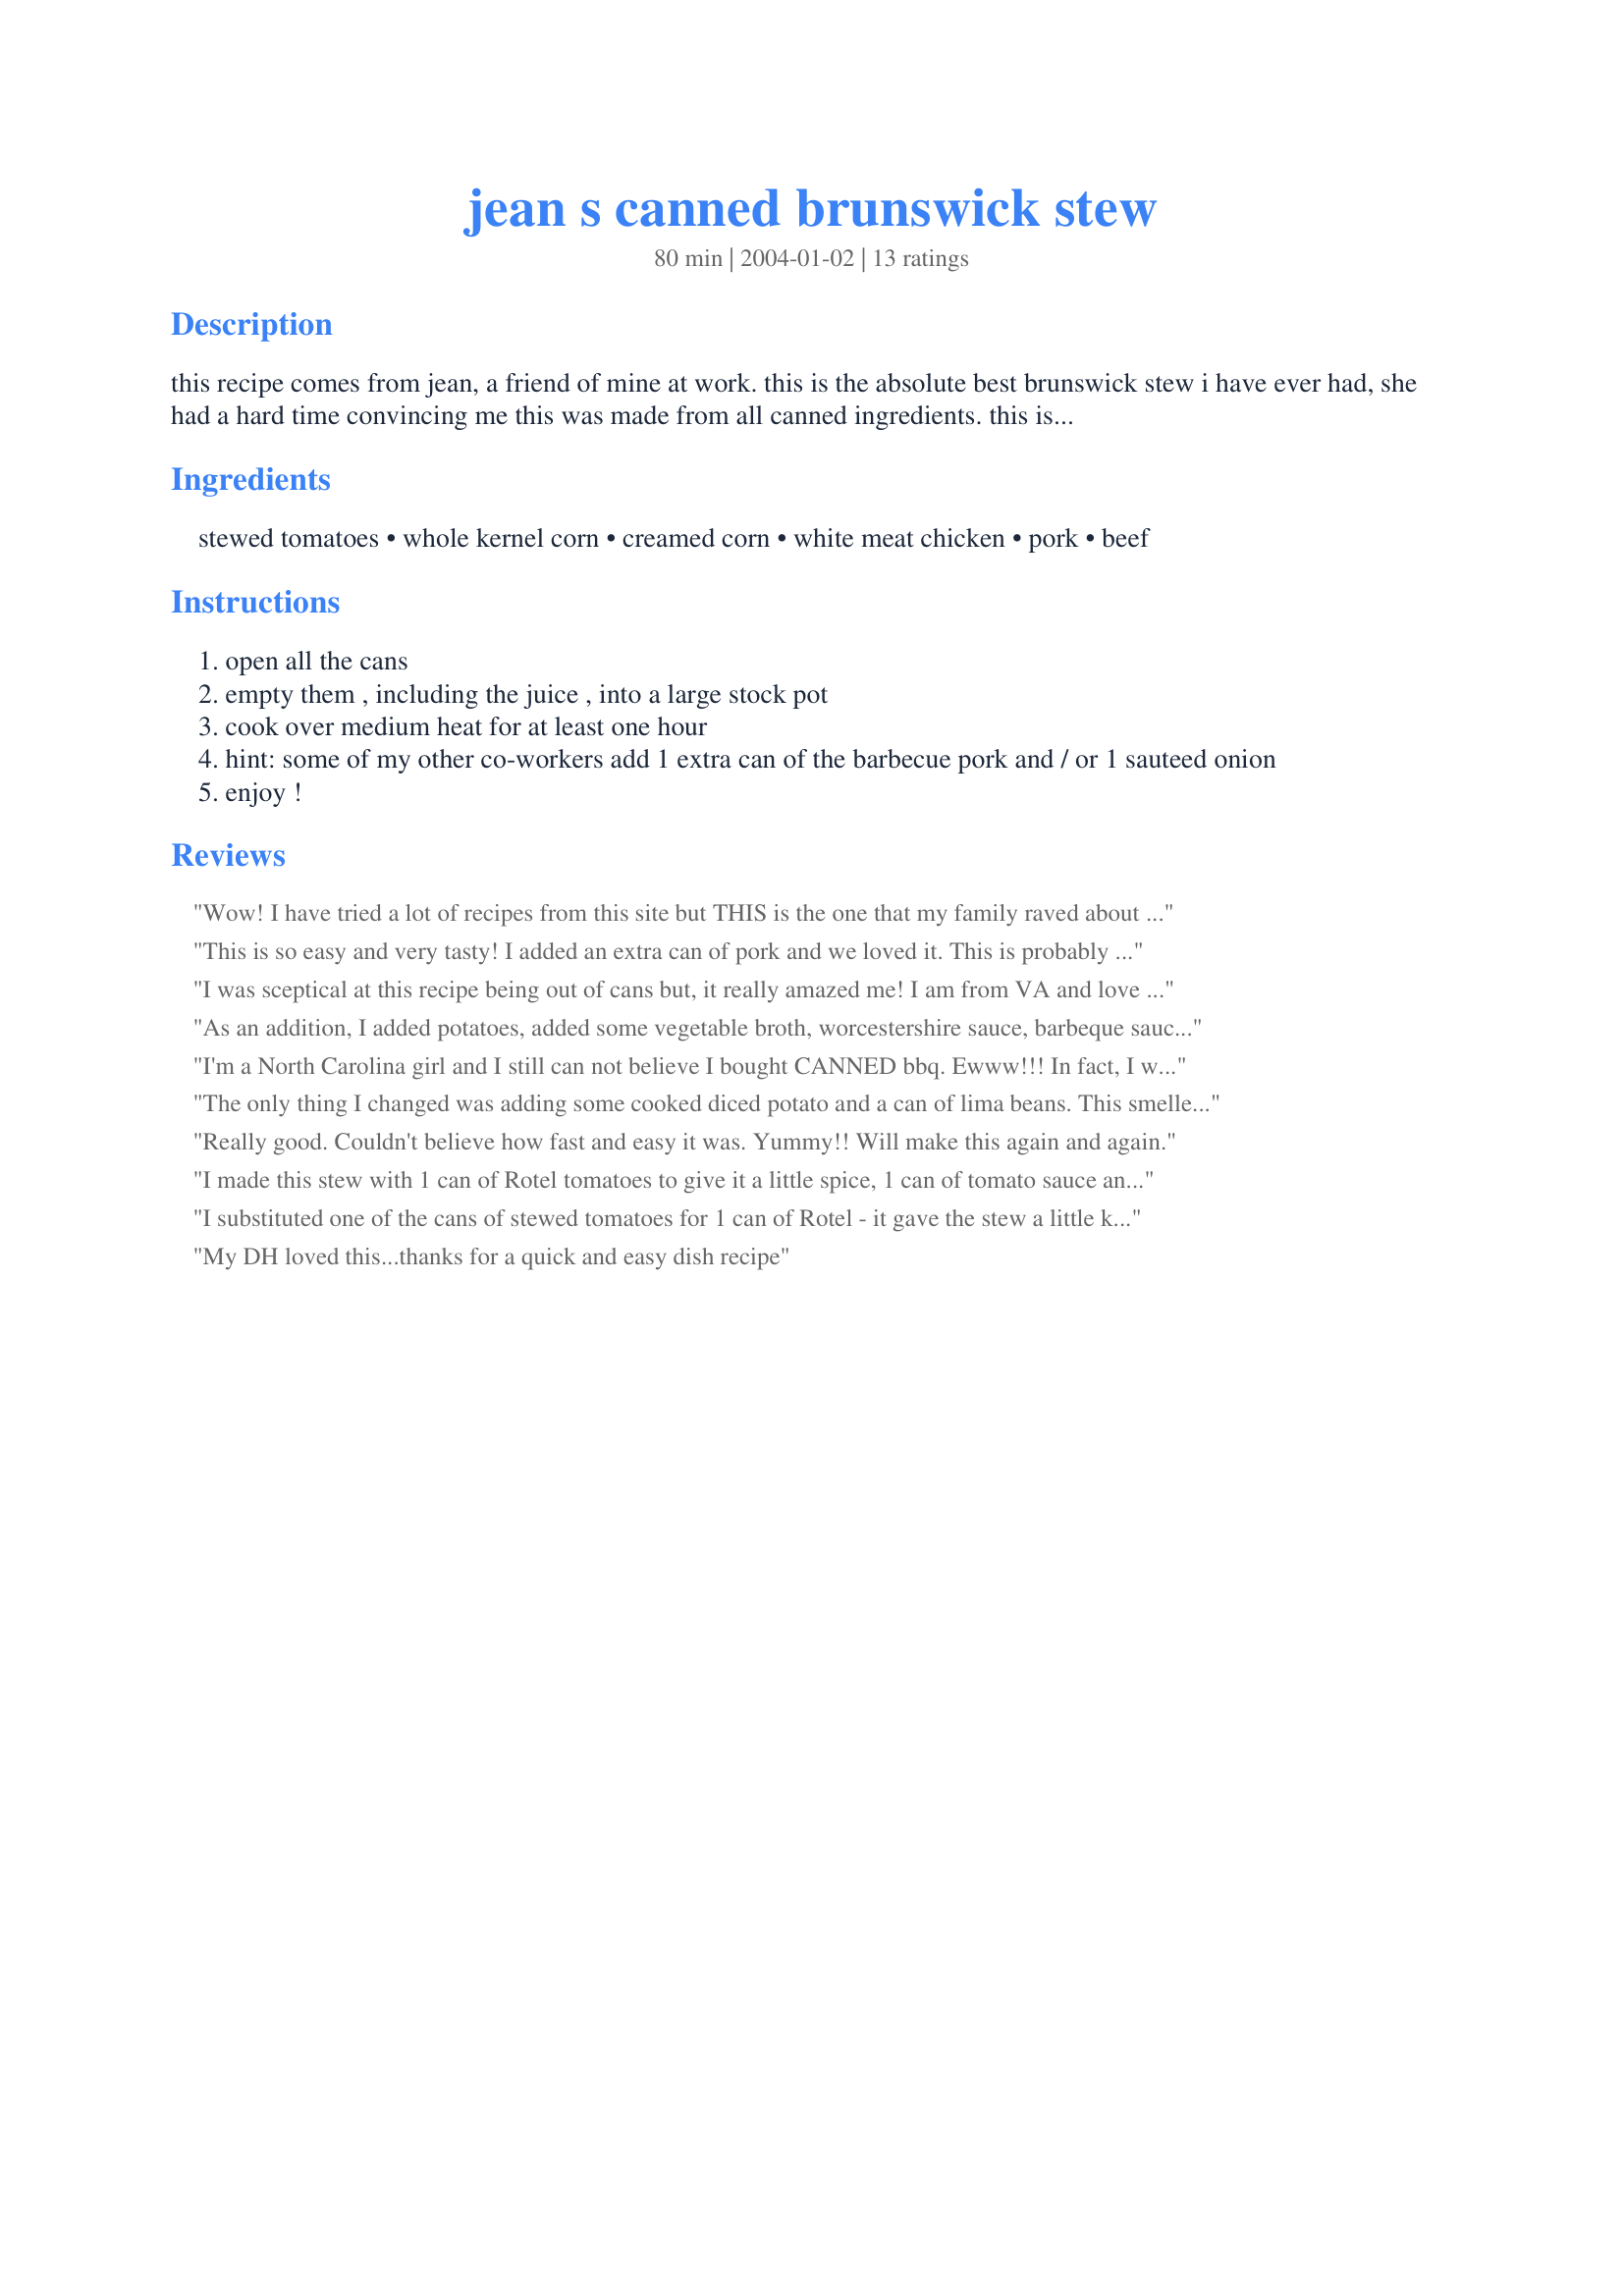
jean s canned brunswick stew
Preparation time: 80 minutes

this recipe comes from jean, a friend of mine at work. this is the absolute best brunswick stew i have ever had, she had a hard time convincing me this was made from all canned ingredients. this is a must try recipe!!!

Ingredients:
stewed tomatoes, whole kernel corn, creamed corn, white meat chicken, pork, beef

Steps:
open all the cans
empty them , including the juice , into a large stock pot
cook over medium heat for at least one hour
hint: some of my other co-workers add 1 extra can of the barbecue pork and / or 1 sauteed onion
enjoy !

Reviews:
Wow! I have tried a lot of recipes from this site but THIS is the one that my family raved about after the first bite! The original recipe as is I have no doubt would be good but I followed another review and made some additions- 3 (15 oz) cans of diced tomatoes, 1 can whole kernel corn, 1 can creamed corn, 1 can chicken, 3 cans barbecue pork, 1 can barbecue beef, 1 can limas, 1 cup ketchup, 1 T lemon juice, 1 T Worcestershire. Outstanding stew. I put it in the crockpot for four hours on low. This is the easiest stew to make and it is a lot of taste for very little work!
This is so easy and very tasty! I added an extra can of pork and we loved it. This is probably the best brunswick stew I've ever had!
I was sceptical at this recipe being out of cans but, it really amazed me! I am from VA and love homemade Brunswick Stew. This recipe ranks right up there with some of the best, I still can't believe it. I did add a can of diced potatoes and a small can of lima beans to mine. I added some salt and pepper to taste. Instead of cooking it on the stove, I let it sit in a crock pot on low for about 7 hrs. Wonderful!
As an addition, I added potatoes, added some vegetable broth, worcestershire sauce, barbeque sauce, and garlic salt. Definitely worth it. Even my mother raved about it when she had some.
I'm a North Carolina girl and I still can not believe I bought CANNED bbq. Ewww!!! In fact, I was nervous to eat this for dinner tonight. However... I decided to be brave. And... I'M SO GLAD!!! This stuff is awesome!!! I followed Greatdin-din's review and added lima beans (you know it!) and the cans of various corn. It's a good thing the pot is still on the stove because I'm going to need another bowl. YUM!!!
The only thing I changed was adding some cooked diced potato and a can of lima beans. This smelled so good and tasted even better. It's much requested around here now!
Really good. Couldn't believe how fast and easy it was. Yummy!! Will make this again and again.
I made this stew with 1 can of Rotel tomatoes to give it a little spice, 1 can of tomato sauce and 1 can of new potatoes. It is so easy and very delicious! Thank you for the recipe!
I substituted one of the cans of stewed tomatoes for 1 can of Rotel - it gave the stew a little kick and was fantastic!!
My DH loved this...thanks for a quick and easy dish recipe
I found a VERY similar recipe somewhere else and used it. The best I've ever had.

What I did differently:

First, sauteed a little garlic and 1 chopped onion in oil until soft. (oil works fine, but I did it in bacon fat after rendering 4 slices of chopped bacon first, and I left the bacon in).

Then, added:

2 cans stewed tomatoes
2 cans creamed corn
1 can chicken (drained)
3 cans Castleberry's BBQ Pork
1 cup ketchup
1 T lemon juice
1 T worcestershire sauce

It's ready once everything heats up (10 minutes?). But I let it simmer for about an hour.

Made about 4-5 quarts.
i used 2 cans bbq pork and 1 can bbq beef and added a drained can of butter beans. cooked in the crock pot for 6 hours on low and loved it with the addition of the beans made it a 10 star recipe instead of a 5
I am a southerner and this is the best brunswick stew that I have ever eaten!! The only thing that I did different was to add diced potatoes and a can of delmonte butterbeans. My family loved it!! It is amazing how the flavors meld together and taste as if they have cooked over an open fire in cast iron pots all day. Thank you so much for posting this!!
